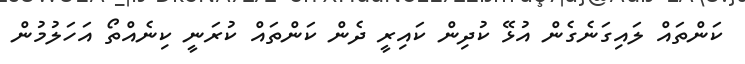
ކަންތައް ލައިގަނެގެން އުޅޭ ކުދިން ކައިރީ ދެން ކަންތައް ކުރަނީ ކިނެއްތޯ އަހަލުމުން